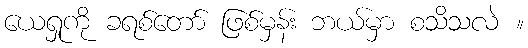
ယေရှုကို ခရစ်တော် ဖြစ်မှန်း ဘယ်မှာ စသိသလဲ ။